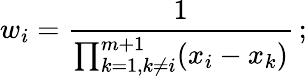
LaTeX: w_{i}=\frac{1}{\prod_{k=1,k\neq i}^{m+1}(x_{i}-x_{k})}\, ;